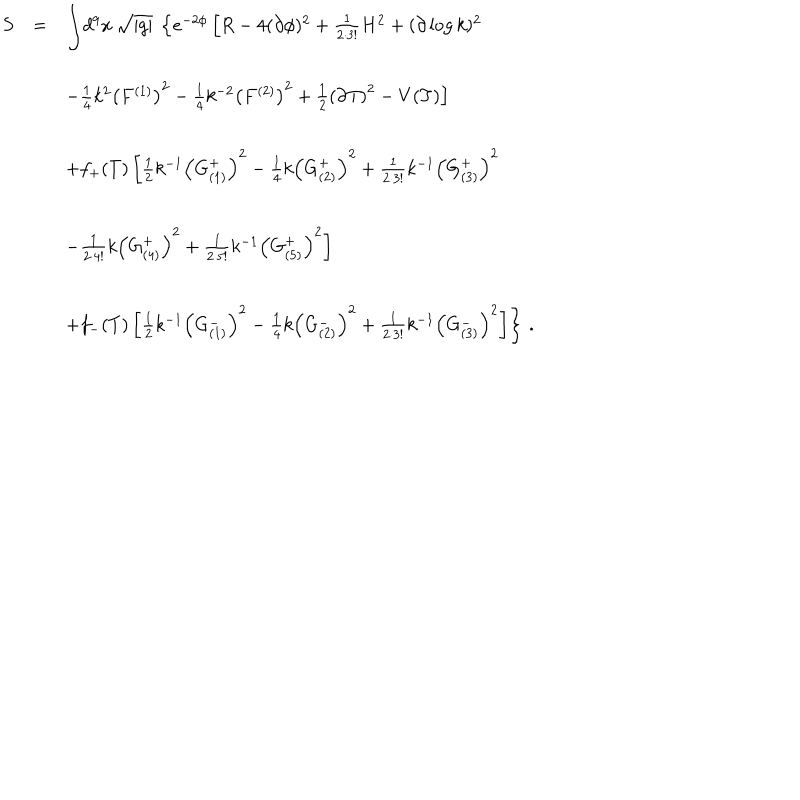
LaTeX: \begin{array} { r c l } { { S } } & { { = } } & { { { \displaystyle \int } d ^ { 9 } x \, \sqrt { | g | } \ \left\{ e ^ { - 2 \phi } \left[ R - 4 ( \partial \phi ) ^ { 2 } + { \textstyle \frac { 1 } { 2 \cdot 3 ! } } H ^ { 2 } + ( \partial \log { k } ) ^ { 2 } \right. \right. } } \\ { { } } & { { } } & { { } } \\ { { } } & { { } } & { { \hspace { 3 . 5 c m } \left. - { \textstyle \frac { 1 } { 4 } } k ^ { 2 } \left( F ^ { ( 1 ) } \right) ^ { 2 } - { \textstyle \frac { 1 } { 4 } } k ^ { - 2 } \left( F ^ { ( 2 ) } \right) ^ { 2 } + \textstyle { \frac { 1 } { 2 } } \left( \partial T \right) ^ { 2 } - V ( T ) \right] } } \\ { { } } & { { } } & { { } } \\ { { } } & { { } } & { { \hspace { 2 c m } + f _ { + } ( T ) \left[ \frac { 1 } { 2 } k ^ { - 1 } \left( G _ { ( 1 ) } ^ { + } \right) ^ { 2 } - \frac { 1 } { 4 } k \left( G _ { ( 2 ) } ^ { + } \right) ^ { 2 } + \frac { 1 } { 2 \cdot 3 ! } k ^ { - 1 } \left( G _ { ( 3 ) } ^ { + } \right) ^ { 2 } \right. } } \\ { { } } & { { } } & { { } } \\ { { } } & { { } } & { { \hspace { 3 c m } \left. - \frac { 1 } { 2 \cdot 4 ! } k \left( G _ { ( 4 ) } ^ { + } \right) ^ { 2 } + \frac { 1 } { 2 \cdot 5 ! } k ^ { - 1 } \left( G _ { ( 5 ) } ^ { + } \right) ^ { 2 } \right] } } \\ { { } } & { { } } & { { } } \\ { { } } & { { } } & { { \hspace { 2 c m } \left. + f _ { - } ( T ) \left[ \frac { 1 } { 2 } k ^ { - 1 } \left( G _ { ( 1 ) } ^ { - } \right) ^ { 2 } - \frac { 1 } { 4 } k \left( G _ { ( 2 ) } ^ { - } \right) ^ { 2 } + \frac { 1 } { 2 \cdot 3 ! } k ^ { - 1 } \left( G _ { ( 3 ) } ^ { - } \right) ^ { 2 } \right] \right\} \, . } } \\ \end{array}